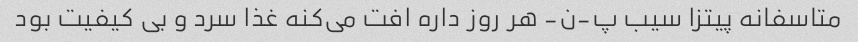
متاسفانه پیتزا سیب پ-ن- هر روز داره افت می‌کنه غذا سرد و بی کیفیت بود